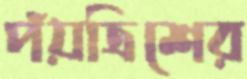
পঁয়ত্রিশের